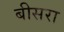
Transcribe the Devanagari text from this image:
बीसरा